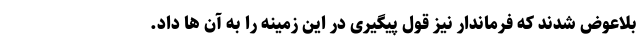
بلاعوض شدند که فرماندار نیز قول پیگیری در این زمینه را به آن ها داد.